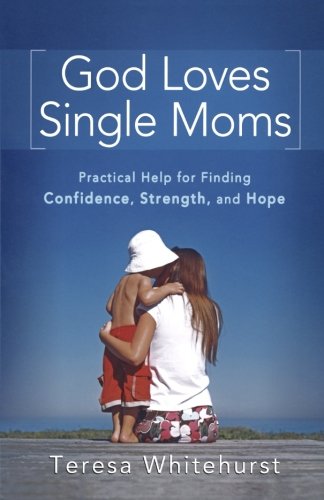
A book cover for God Loves Single Moms: Practical Help for Finding Confidence, Strength, and Hope; Teresa Whitehurst; Parenting & Relationships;